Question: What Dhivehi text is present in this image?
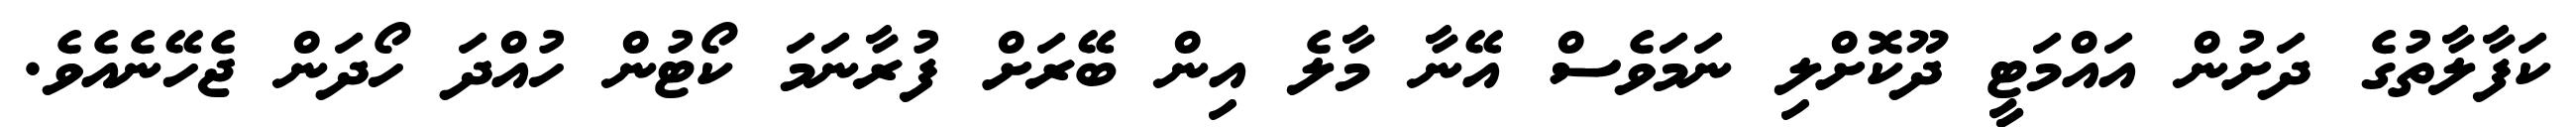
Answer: ކަފާލާތުގެ ދަށުން އައްމަޓީ ދޫކޮށްލި ނަމަވެސް އޭނާ މާލެ އިން ބޭރަށް ފުރާނަމަ ކޯޓުން ހުއްދަ ހޯދަން ޖެހޭނެއެވެ.